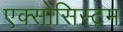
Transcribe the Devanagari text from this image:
एक्सोसिस्टम